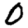
Digit: 0